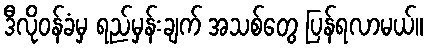
ဒီလိုဝန်ခံမှ ရည်မှန်းချက် အသစ်တွေ ပြန်ရလာမယ်။